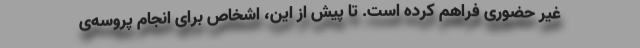
غیر حضوری فراهم کرده است. تا پیش از این، اشخاص برای انجام پروسه‌ی